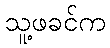
သူ့ဖခင်က